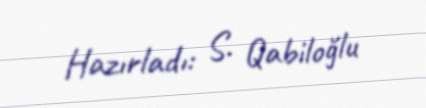
Hazırladı: S. Qabiloğlu